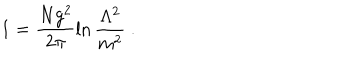
LaTeX: 1 = \frac { N g ^ { 2 } } { 2 \pi } \ln \frac { \Lambda ^ { 2 } } { m ^ { 2 } } \ .